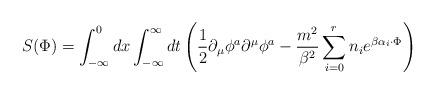
LaTeX: \begin{align*}S(\Phi) = \int_{-\infty}^{0} dx \int_{-\infty}^{\infty} dt\left ( \frac{1}{2}\partial_{\mu}\phi^{a}\partial^{\mu}\phi^{a}-\frac{m^{2}}{\beta^{2}}\sum_{i=0}^{r}n_{i}e^{\beta \alpha_{i} \cdot \Phi}\right )\end{align*}